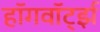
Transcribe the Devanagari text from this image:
हॉगवॉर्ट्झ